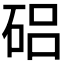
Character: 𥓅